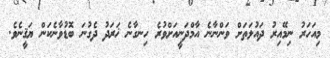
މިއަހަރު ނިމޭއިރު ދައުލަތަށް ވަންނާނެ އާމްދަނީއަށްވުރެ ހިނގާނެ ޚަރަދު ދެގުނަ ބޮޑުވާނެކަން ޔަޤީނެވެ.